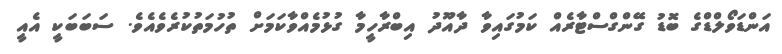
އަންޑަވޯލްޑްގެ ބޮޑު ގޭންގްސްޓާރެއް ކަމުގައިވާ ދާއޫދު އިބްރާހީމާ ގުޅުމެއްވާކަމަށް ތުހުމަތުކުރެވެއެވެ. ސަބަބަކީ އެއީ